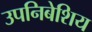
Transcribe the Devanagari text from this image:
उपनिबेशिय